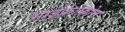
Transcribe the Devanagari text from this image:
माइक्रोफ़ोम